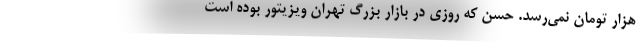
هزار تومان نمي‌رسد. حسن كه روزي در بازار بزرگ تهران ويزيتور بوده است